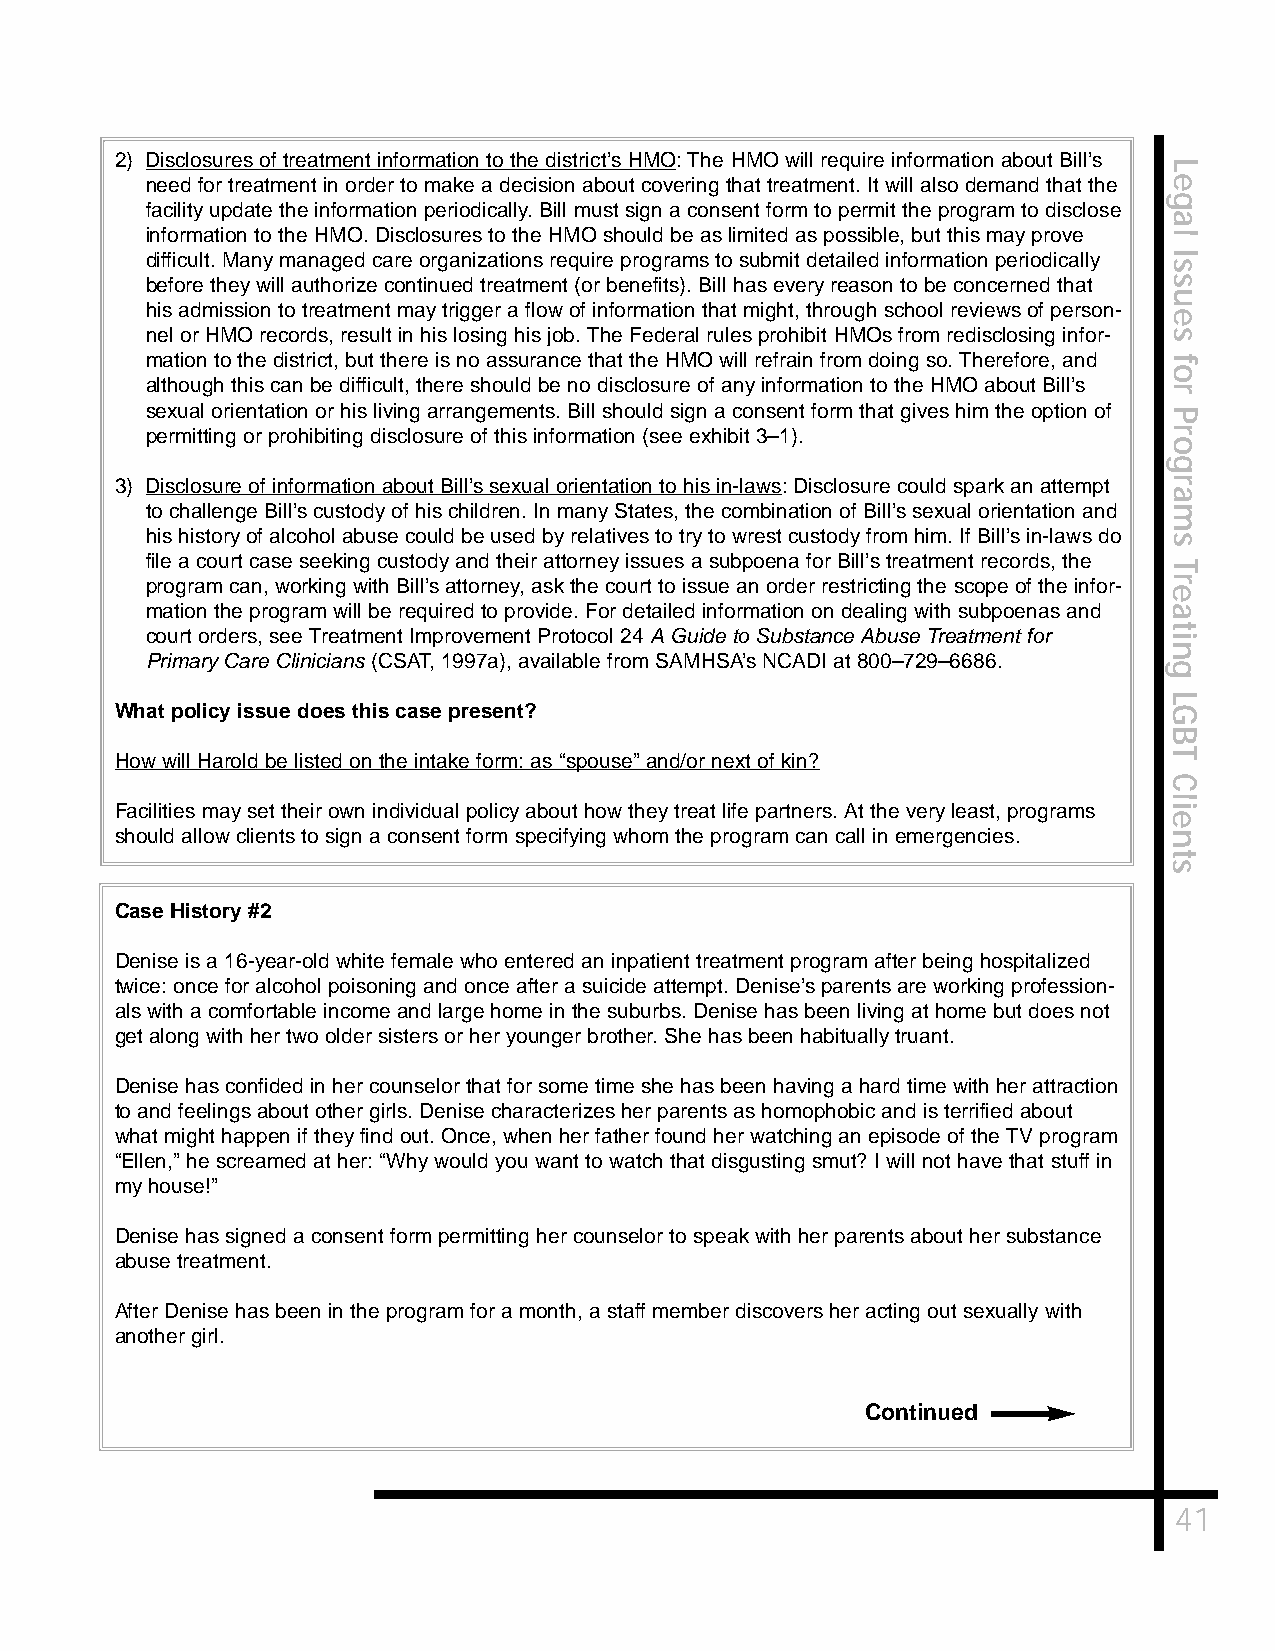
2) Disclosures of treatment information to the district’s HMO: The HMO will require information about Bill’s
 L
 need for treatment in order to make a decision about covering that treatment. It will also demand that the e
 g
 facility update the information periodically. Bill must sign a consent form to permit the program to disclose
 a
 information to the HMO. Disclosures to the HMO should be as limited as possible, but this may prove l
 difficult. Many managed care organizations require programs to submit detailed information periodically I
 s
 before they will authorize continued treatment (or benefits). Bill has every reason to be concerned that s
 u
 his admission to treatment may trigger a flow of information that might, through school reviews of person-
 e
 nel or HMO records, result in his losing his job. The Federal rules prohibit HMOs from redisclosing infor- s
 mation to the district, but there is no assurance that the HMO will refrain from doing so. Therefore, and f
 o
 although this can be difficult, there should be no disclosure of any information to the HMO about Bill’s
 r
 sexual orientation or his living arrangements. Bill should sign a consent form that gives him the option of P
 permitting or prohibiting disclosure of this information (see exhibit 3–1). r
 o
 g
 3) Disclosure of information about Bill’s sexual orientation to his in-laws: Disclosure could spark an attempt r
 a
 to challenge Bill’s custody of his children. In many States, the combination of Bill’s sexual orientation and m
 his history of alcohol abuse could be used by relatives to try to wrest custody from him. If Bill’s in-laws do s
 file a court case seeking custody and their attorney issues a subpoena for Bill’s treatment records, the
 T
 program can, working with Bill’s attorney, ask the court to issue an order restricting the scope of the infor- r
 e
 mation the program will be required to provide. For detailed information on dealing with subpoenas and a
 court orders, see Treatment Improvement Protocol 24 A Guide to Substance Abuse Treatment for it
 n
 Primary Care Clinicians (CSAT, 1997a), available from SAMHSA’s NCADI at 800–729–6686.
 g
 L
 What policy issue does this case present?                            G
 B
 How will Harold be listed on the intake form: as “spouse” and/or next of kin? T
 C
 l
 Facilities may set their own individual policy about how they treat life partners. At the very least, programs i
 e
 should allow clients to sign a consent form specifying whom the program can call in emergencies. n
 t
 s
 Case History #2
 Denise is a 16-year-old white female who entered an inpatient treatment program after being hospitalized
 twice: once for alcohol poisoning and once after a suicide attempt. Denise’s parents are working profession-
 als with a comfortable income and large home in the suburbs. Denise has been living at home but does not
 get along with her two older sisters or her younger brother. She has been habitually truant.
 Denise has confided in her counselor that for some time she has been having a hard time with her attraction
 to and feelings about other girls. Denise characterizes her parents as homophobic and is terrified about
 what might happen if they find out. Once, when her father found her watching an episode of the TV program
 “Ellen,” he screamed at her: “Why would you want to watch that disgusting smut? I will not have that stuff in
 my house!”
 Denise has signed a consent form permitting her counselor to speak with her parents about her substance
 abuse treatment.
 After Denise has been in the program for a month, a staff member discovers her acting out sexually with
 another girl.
 Continued
 41